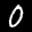
Label: 0